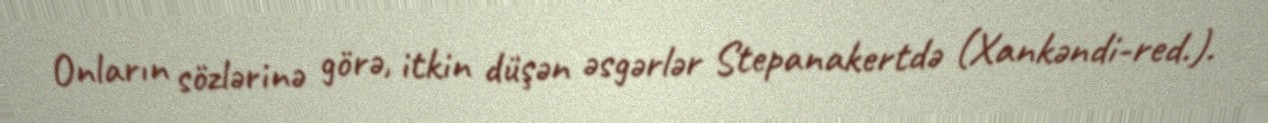
Onların sözlərinə görə, itkin düşən əsgərlər Stepanakertdə (Xankəndi-red.).